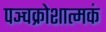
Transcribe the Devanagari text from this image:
पञ्चक्रोशात्मकं